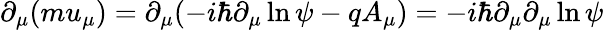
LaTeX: \partial_{\mu}(mu_{\mu})=\partial_{\mu}(-i\hbar\partial_{\mu}\ln\psi-qA_{\mu})=-i\hbar\partial_{\mu}\partial_{\mu}\ln\psi